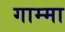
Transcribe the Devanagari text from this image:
गाम्मा